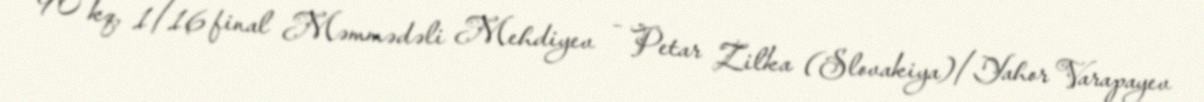
90 kq, 1/16 final Məmmədəli Mehdiyev – Petar Zilka (Slovakiya)/Yahor Varapayev